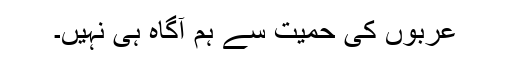
عربوں کی حمیت سے ہم آگاہ ہی نہیں۔